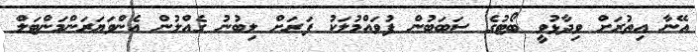
އޭނާ އިތުރަށް ވިދާޅުވީ ބޯޓުގެ ސަބަބުން ފުވައްމުލަކު ފަަރަށް ލިބުނު ގެއްލުން އެންވަޔަރަންމަންޓަލް